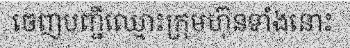
ចេញបញ្ជីឈ្មោះក្រុមហ៊ុនទាំងនោះ